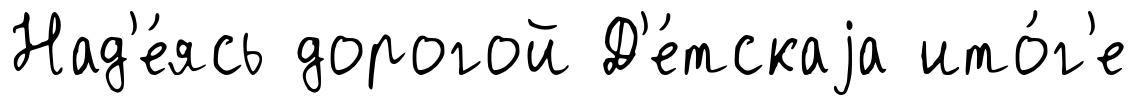
Над'е́ясь дорогой Д'е́тскаjа ито́г'е